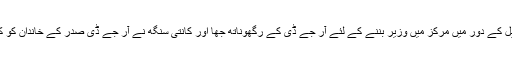
انہوں نے کہا کہ اسی طرح مسٹر یادو کے وزیر ریل کے دور میں مرکز میں وزیر بننے کے لئے آر جے ڈی کے رگھوناتھ جھا اور کانتی سنگھ نے آر جے ڈی صدر کے خاندان کو کروڑوں روپے قیمت کی جائیداد عطیہ میں دی تھی۔